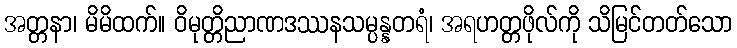
အတ္တနာ၊ မိမိထက်။ ဝိမုတ္တိညာဏဒဿနသမ္ပန္နတရံ၊ အရဟတ္တဖိုလ်ကို သိမြင်တတ်သော